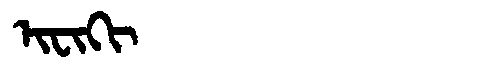
Manchu: ᡳᠸᡳᡴᡳ
Romanization: IFIKI